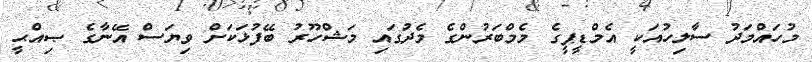
މުހައްމަދު ސާލިހުއަކީ އެމްޑީޕީގެ މެމްބަރުންގެ މެދުގައި މަޝްހޫރު ބޭފުޅަކަށް ވިޔަސް އޭނާގެ ޞިއްޙީ